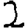
Digit: 2